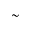
\sim